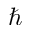
\hbar